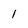
Character: 1